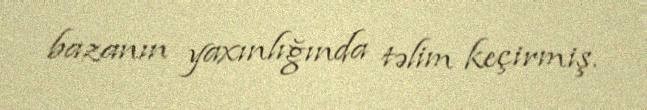
bazanın yaxınlığında təlim keçirmiş.